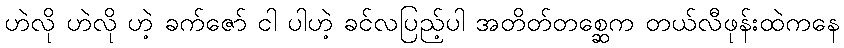
ဟဲလို ဟဲလို ဟဲ့ ခက်ဇော် ငါ ပါဟဲ့ ခင်လပြည့်ပါ အတိတ်တစ္ဆေက တယ်လီဖုန်းထဲကနေ